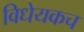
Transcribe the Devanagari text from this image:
विधेयकच